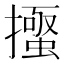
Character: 𭢰